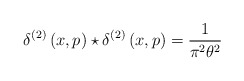
\begin{align*}\delta ^{\left( 2\right) }\left( x,p\right) \star \delta ^{\left( 2\right)}\left( x,p\right) =\frac{1}{\pi ^{2}\theta ^{2}}\end{align*}